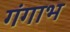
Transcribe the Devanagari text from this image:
गंगाभ